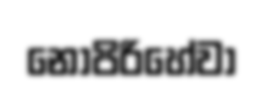
නොපිරිහේවා